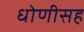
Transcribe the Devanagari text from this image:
धोणीसह